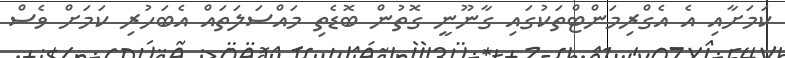
ކަމަށާއި އެ އެގްރިމަންޓްތަކުގައި ގާނޫނީ ގޮތުން ބޮޑެތި މައްސަލަތައް އެބަހުރި ކަމަށް ވެސް